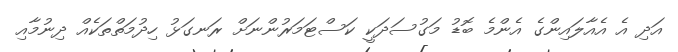
އަދި އެ އެއާލައިންގެ އެންމެ ބޮޑު މަގުސަދަކީ ކަސްޓަމަރުންނަށް ރަނގަޅު ހިދުމަތްތަކެއް ދިނުމާއި